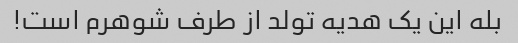
بله این یک هدیه تولد از طرف شوهرم است!